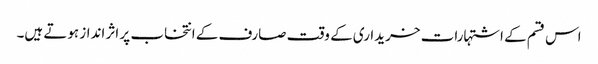
اس قسم کے اشتہارات خریداری کے وقت صارف کے انتخاب پر اثر انداز ہوتے ہیں۔